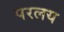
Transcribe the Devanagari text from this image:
परलय